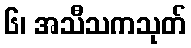
၆၊ အသီသကသုတ်